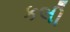
કલી